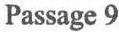
Passage 9